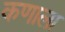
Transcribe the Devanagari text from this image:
कणाला